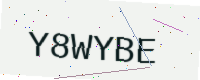
Text: Y8WYBE